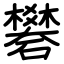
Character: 礬